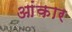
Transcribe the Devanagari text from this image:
आंकार